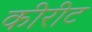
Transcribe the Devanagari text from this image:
कीरीट